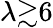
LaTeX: \lambda{\gtrsim}6